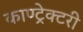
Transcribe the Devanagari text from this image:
काण्ट्रेक्टरी